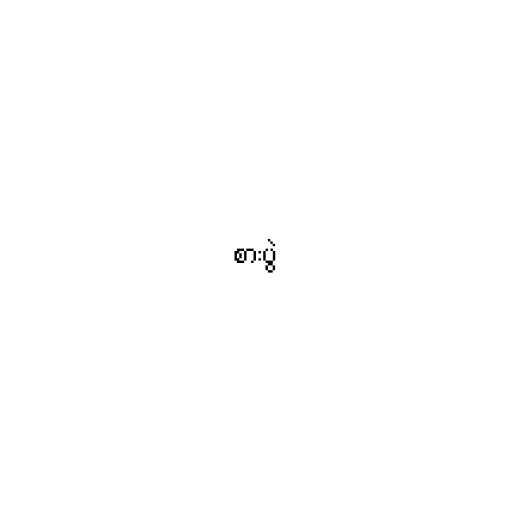
စားပွဲ